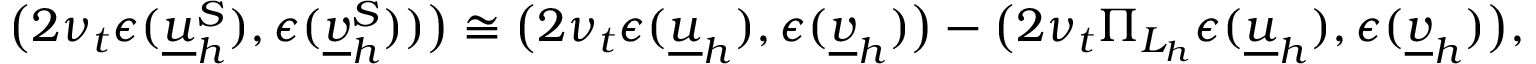
\big ( 2 \nu _ { t } \epsilon ( \underline { { u } } _ { h } ^ { S } ) , \epsilon ( \underline { { v } } _ { h } ^ { S } ) ) \big ) \cong \big ( 2 \nu _ { t } \epsilon ( \underline { { u } } _ { h } ) , \epsilon ( \underline { { v } } _ { h } ) \big ) - \big ( 2 \nu _ { t } \Pi _ { L _ { h } } \epsilon ( \underline { { u } } _ { h } ) , \epsilon ( \underline { { v } } _ { h } ) \big ) ,